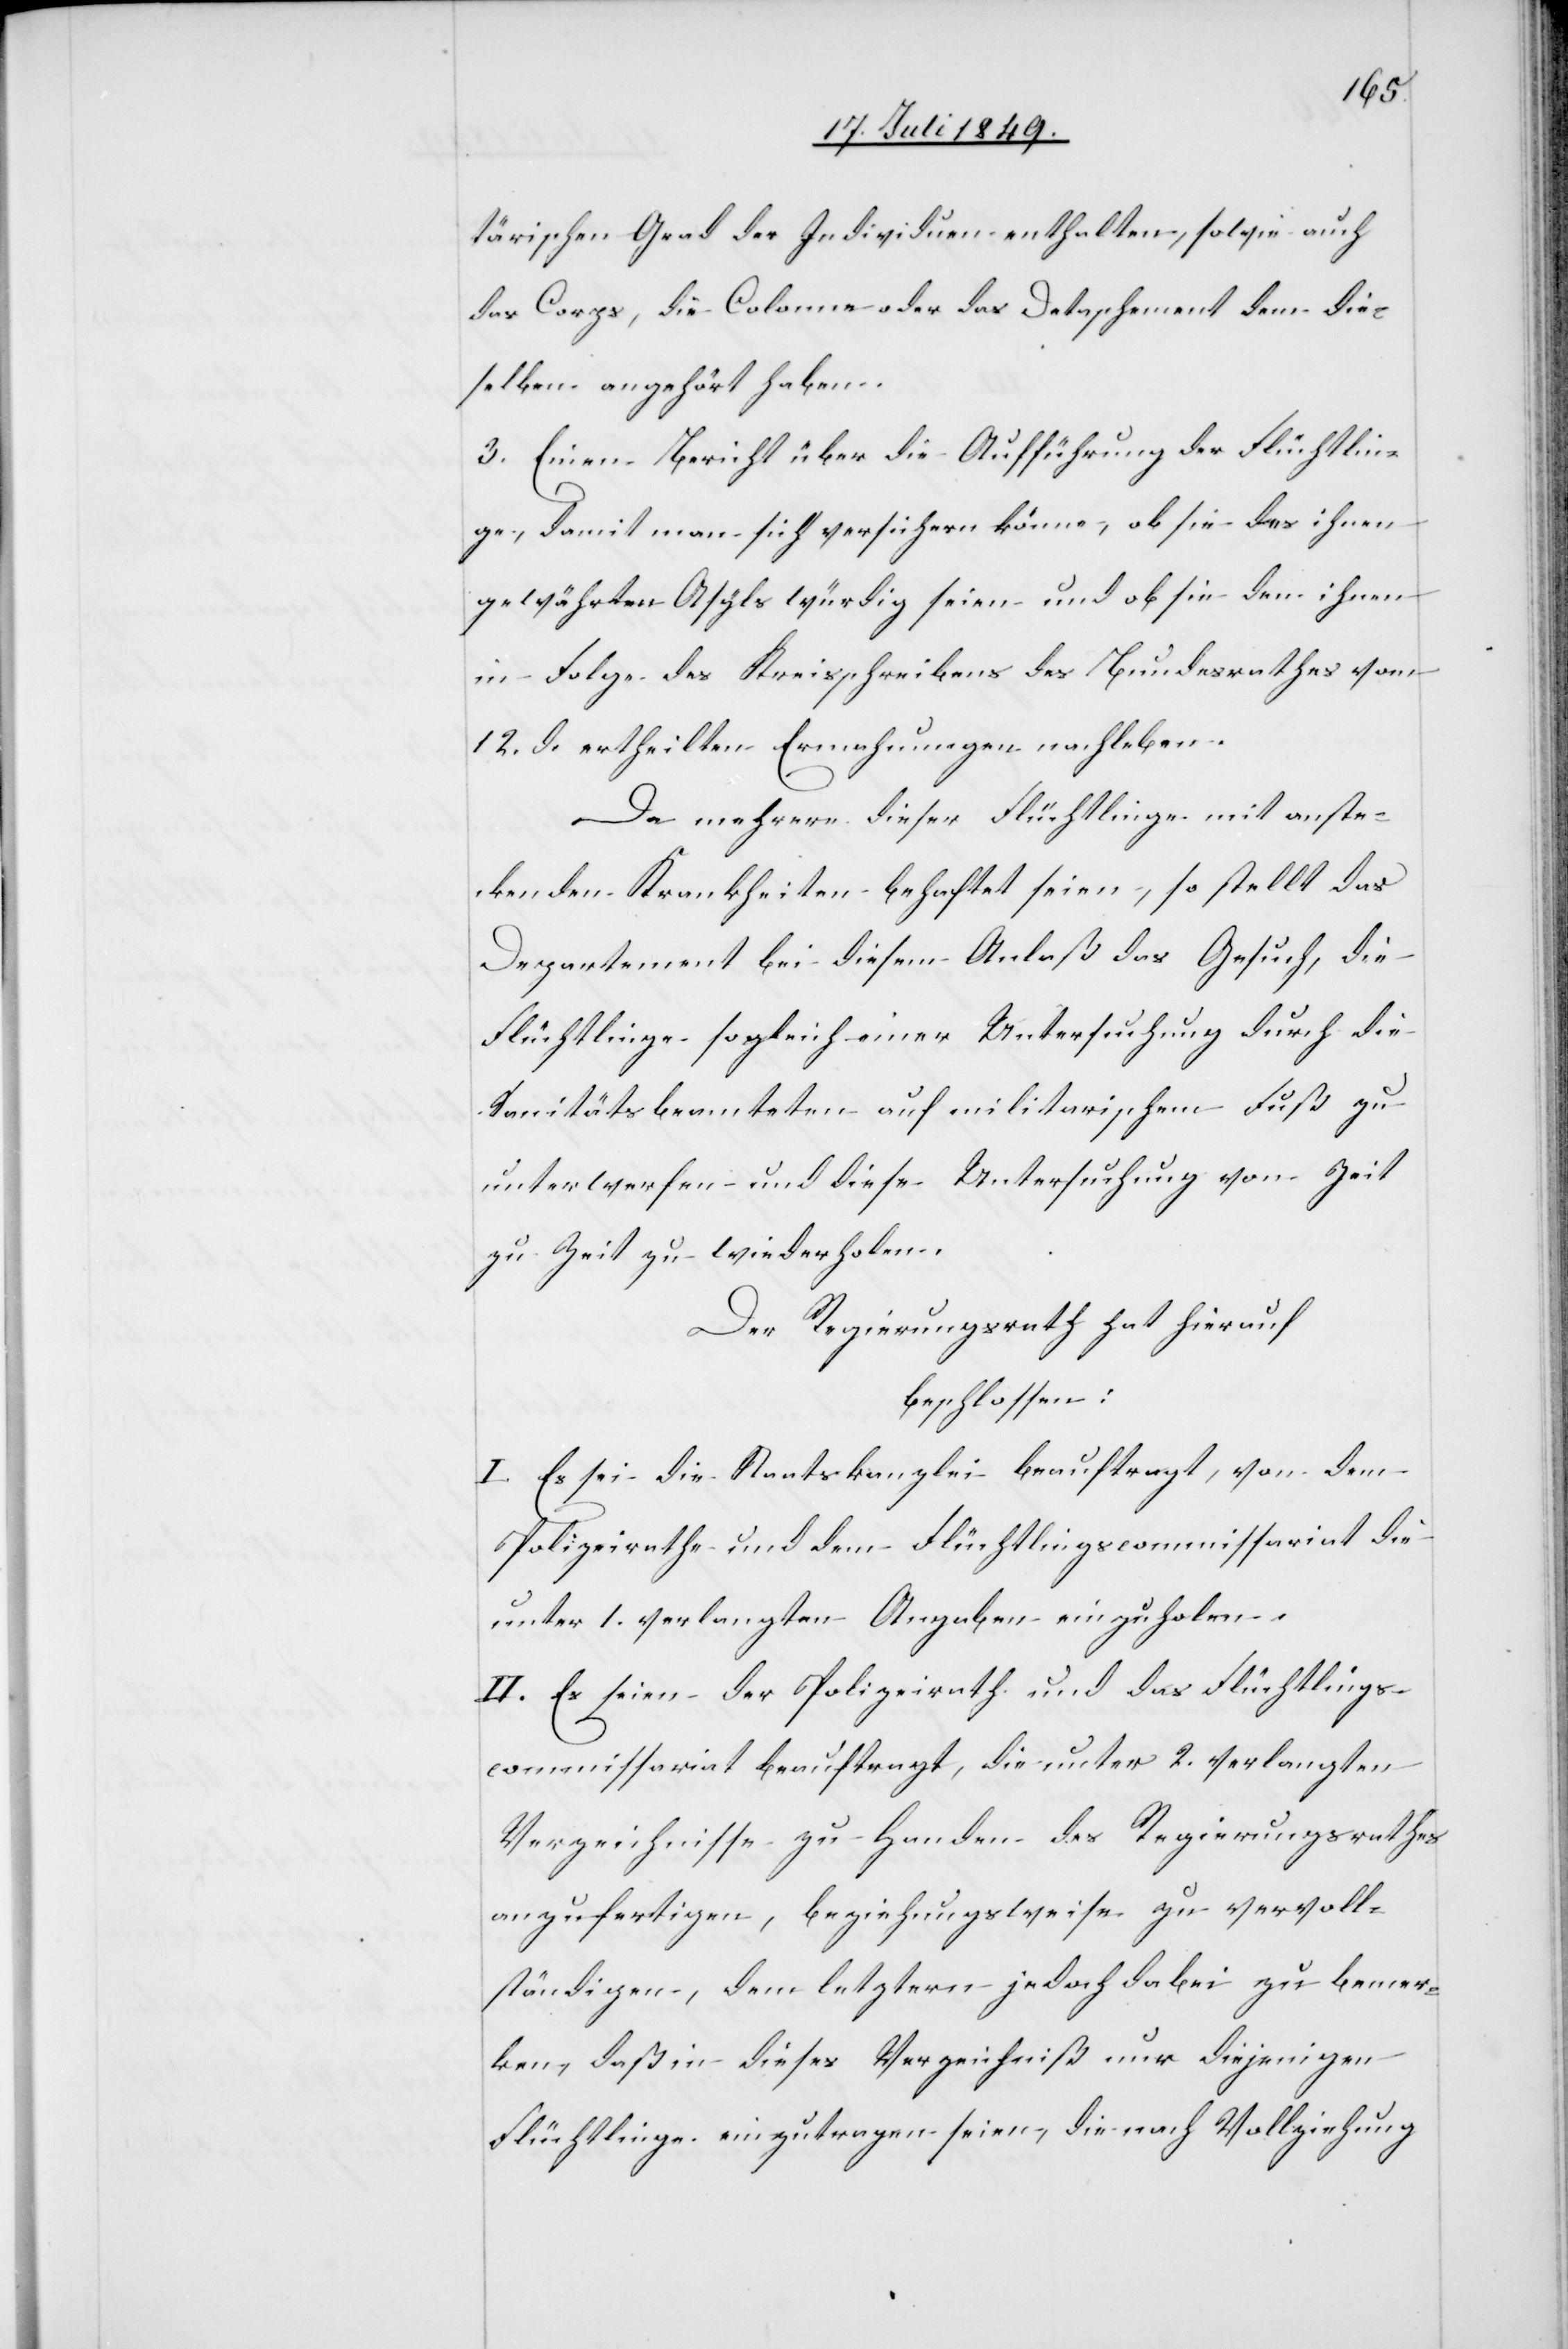
tärischen Grad der Individuen enthalten, sowie auch
das Corps, die Colonne oder das Detaschement dem die¬
selben angehört haben.
3. Einen Bericht über die Aufführung der Flüchtlin¬
ge, damit man sich versichern könne, ob sie des ihnen
gewährten Asyls würdig seien und ob sie den ihnen
in Folge des Kreisschreibens des Bundesrathes vom
12. d. ertheilten Ermahnungen nachleben.
Da mehrere dieser Flüchtlinge mit anste¬
ckenden Krankheiten behaftet seien, so stellt das
Departement bei diesem Anlaß das Gesuch, die
Flüchtlinge sogleich einer Untersuchung durch die
Sanitätsbeamteten auf militarischen Fuß zu
unterwerfen und diese Untersuchung von Zeit
zu Zeit zu wiederholen.
Der Regierungsrath hat hierauf
beschlossen:
I. Es sei die Staatskanzlei beauftragt, von dem
Polizeirathe und dem Flüchtlingscommissariat die
unter 1. verlangten Angaben einzuholen.
II. Es seien der Polizeirath und das Flüchtlings¬
commissariat beauftragt, die unter 2. verlangten
Verzeichnisse zu Handen des Regierungsrathes
anzufertigen, beziehungsweise zu vervoll¬
ständigen, dem letztern jedoch dabei zu bemer¬
ken, daß in dieses Verzeichniß nur diejenigen
Flüchtlinge einzutragen seien, die nach Vollziehung